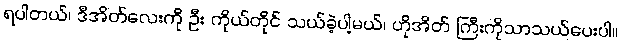
ရပါတယ်၊ ဒီအိတ်လေးကို ဦး ကိုယ်တိုင် သယ်ခဲ့ပါ့မယ်၊ ဟိုအိတ် ကြီးကိုသာသယ်ပေးပါ။